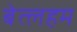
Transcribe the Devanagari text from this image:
बेत्लहम